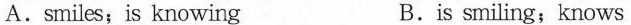
A. smiles; is knowing B. is smiling；knows